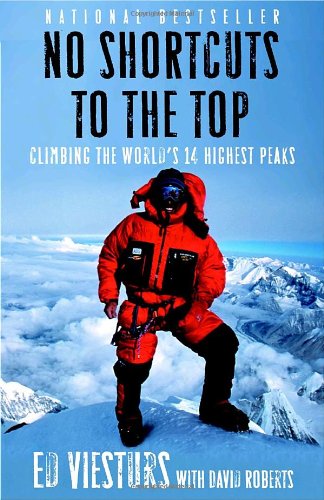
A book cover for No Shortcuts to the Top: Climbing the World's 14 Highest Peaks; Ed Viesturs; Sports & Outdoors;